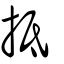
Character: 抵